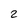
Character: 2